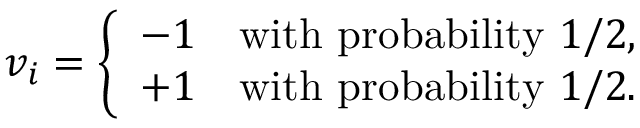
v _ { i } = { \left\{ \begin{array} { l l } { - 1 } & { { \mathrm { w i t h ~ p r o b a b i l i t y ~ } } 1 / 2 , } \\ { + 1 } & { { \mathrm { w i t h ~ p r o b a b i l i t y ~ } } 1 / 2 . } \end{array} \right. }